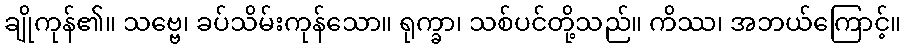
ချိုကုန်၏။ သဗ္ဗေ၊ ခပ်သိမ်းကုန်သော။ ရုက္ခာ၊ သစ်ပင်တို့သည်။ ကိဿ၊ အဘယ်ကြောင့်။